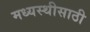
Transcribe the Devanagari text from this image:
मध्यस्थीसाठी